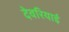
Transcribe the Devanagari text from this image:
देवरियाई